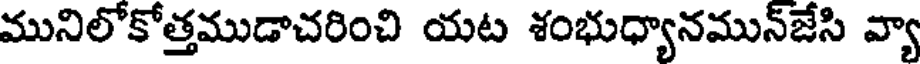
మునిలోకోత్తముడాచరించి యట శంభుధ్యానమున్జేసి వ్యా